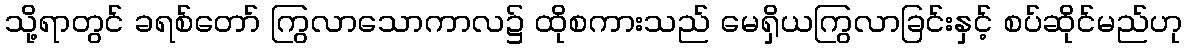
သို့ရာတွင် ခရစ်တော် ကြွလာသောကာလ၌ ထိုစကားသည် မေရှိယကြွလာခြင်းနှင့် စပ်ဆိုင်မည်ဟု